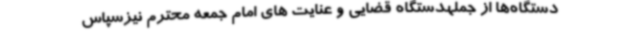
دستگاه‌ها از جملهدستگاه قضایی و عنایت های امام جمعه محترم نیزسپاس